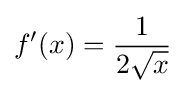
f'(x)={\frac {1}{2{\sqrt {x}}}}